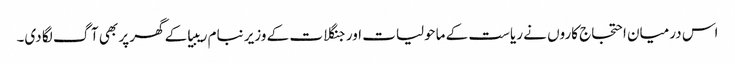
اس درمیان احتجاج کاروں نے ریاست کے ماحولیات اور جنگلات کے وزیر نبام ریبیا کے گھر پر بھی آگ لگا دی۔